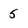
Character: 5